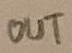
Text: OUT